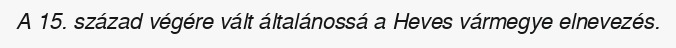
A 15. század végére vált általánossá a Heves vármegye elnevezés.